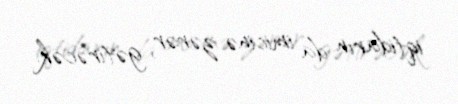
iqtidarın da imicinə zərər gətirəcək.